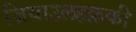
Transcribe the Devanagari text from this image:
ज़ियाउलहक़की